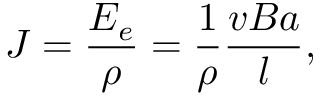
J = \frac { E _ { e } } { \rho } = \frac { 1 } { \rho } \frac { v B a } { l } ,